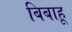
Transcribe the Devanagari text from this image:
बिबाहू